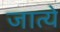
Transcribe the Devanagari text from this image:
जात्ये